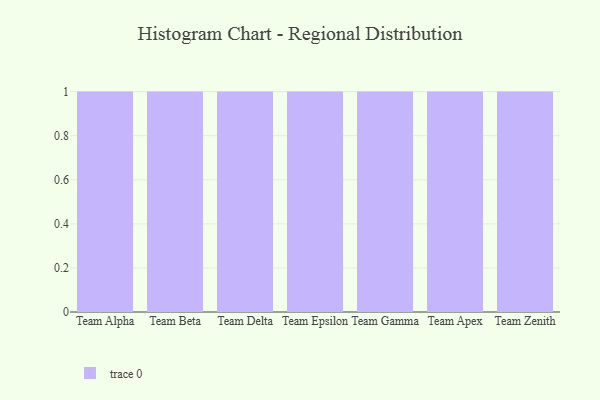
{"axis": {"x": "Team", "y": "Bounce Rate (%)"}, "legend": [""], "data": [{"x": "Team Alpha", "y": 8, "type": ""}, {"x": "Team Beta", "y": 82, "type": ""}, {"x": "Team Delta", "y": 57, "type": ""}, {"x": "Team Epsilon", "y": 99, "type": ""}, {"x": "Team Gamma", "y": 11, "type": ""}, {"x": "Team Apex", "y": 57, "type": ""}, {"x": "Team Zenith", "y": 27, "type": ""}]}